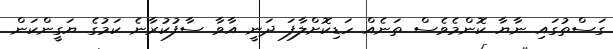
ގަސްތުގައި ނާޔާ ކޮންމެވެސް ތަނެއް ހަޑިކޮށްލާފަ ދަނީ އާވާ ސާފުކުރާނެ ކަމުގެ ޔަގީންކަން